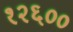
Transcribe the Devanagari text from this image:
१२६००